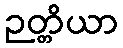
ဉတ္တိယာ